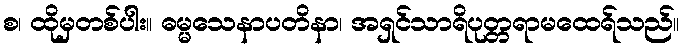
စ၊ ထိုမှတစ်ပါး။ ဓမ္မသေနာပတိနာ၊ အရှင်သာရိပုတ္တရာမထေရ်သည်။